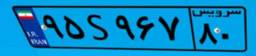
۰۹S۵۱۳۷۰